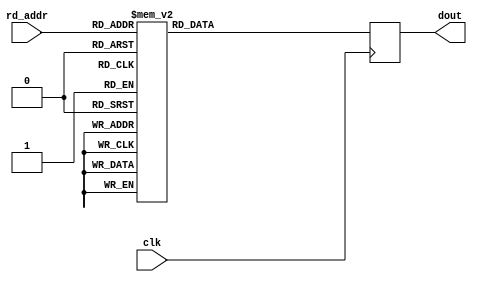
module floating_point_rom_tlast_tuser (
    input clk,
    input [3:0] rd_addr,
    output reg [7:0] dout
);

always @(posedge clk) begin: blk_rom_tlast_tuser
    case(rd_addr)
    4'd0: dout <= 8'h90;
    4'd1: dout <= 8'h81;
    4'd2: dout <= 8'h72;
    4'd3: dout <= 8'h63;
    4'd4: dout <= 8'h54;
    4'd5: dout <= 8'h45;
    4'd6: dout <= 8'h36;
    4'd7: dout <= 8'h27;
    4'd8: dout <= 8'h18;
    4'd9: dout <= 8'h09;
    default: dout <= 8'h00;
    endcase
end

endmodule